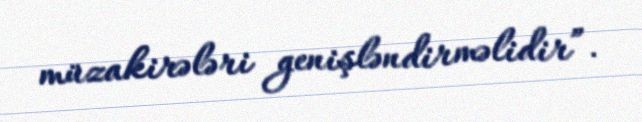
müzakirələri genişləndirməlidir”.